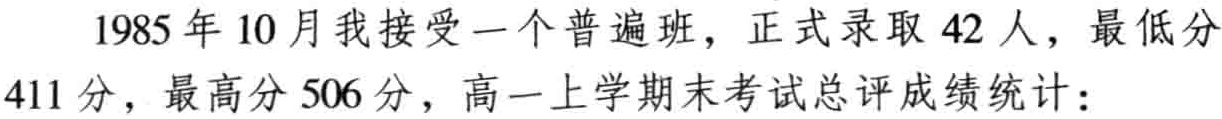
1985 年 10 月我接受一个普遍班，正式录取 42 人，最低分411 分，最高分 506 分，高一上学期末考试总评成绩统计：